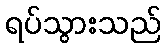
ရပ်သွားသည်